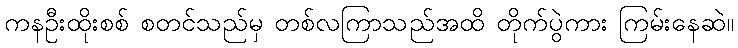
ကနဦးထိုးစစ် စတင်သည်မှ တစ်လကြာသည်အထိ တိုက်ပွဲကား ကြမ်းနေဆဲ။